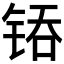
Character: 𰾇